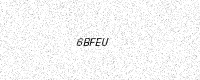
Text: 6BFEU